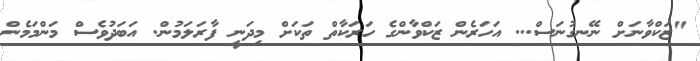
"ޒަކްވާނަށް ނޭނގުނަސް... އަހަރެން ޒަކްވާންގެ ހަރަކާތް ތަކަށް މިދަނީ ފާރަލަމުން. އަބަދުވެސް މަންމަމެން